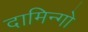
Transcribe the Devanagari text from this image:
दामिन्गो